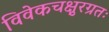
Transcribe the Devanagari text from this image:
विवेकचक्षुरग्रतः